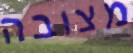
מצובה